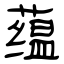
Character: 蕴